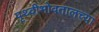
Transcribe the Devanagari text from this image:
पृथ्वीभोवतालच्या